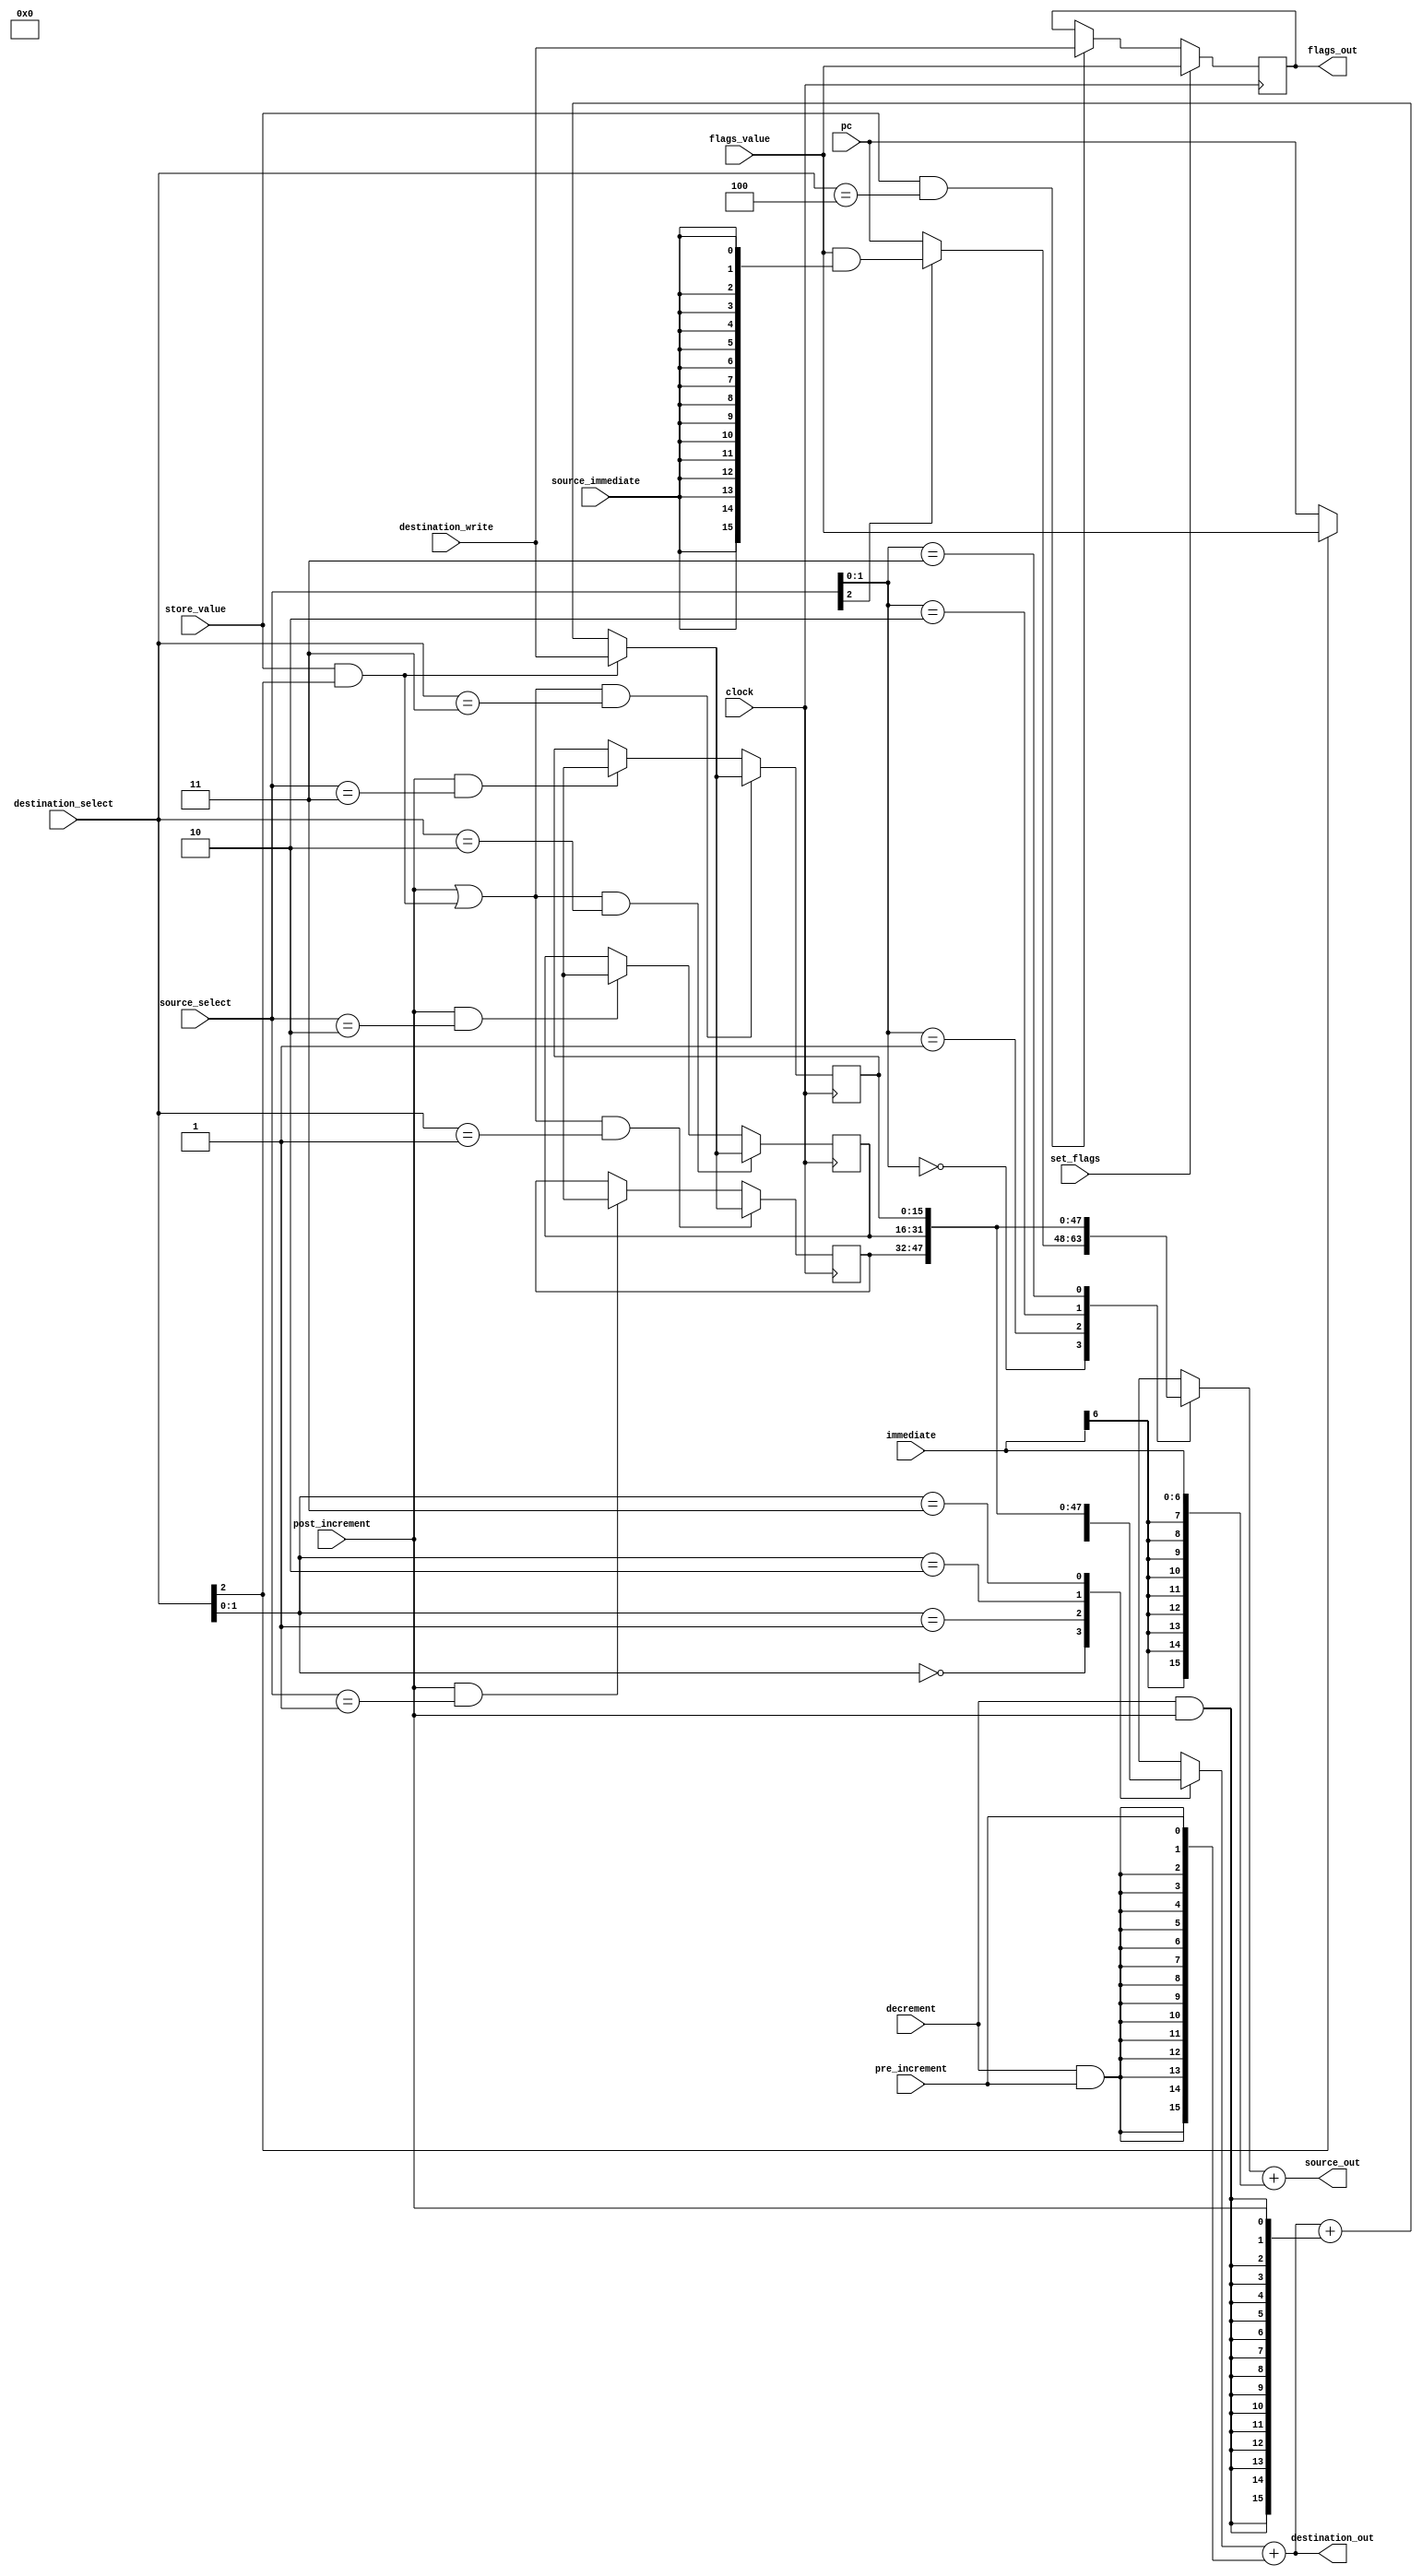
module register_block(
  input clock,
  input [15:0] pc,
  input source_immediate,
  input [6:0] immediate,
  input [15:0] destination_write,
  input [2:0] destination_select,
  input [2:0] source_select, 
  input [15:0] flags_value,
  input set_flags,
  input store_value,
  input pre_increment,
  input post_increment,
  input decrement,
  output [15:0] source_out,
  output [15:0] destination_out,
  output reg [15:0] flags_out
);

reg [15:0] r1;
reg [15:0] r2;
reg [15:0] r3;

reg [15:0] reg_current_value;
always @* begin
  case(source_select[1:0])
    3'h0: reg_current_value = source_select[2] ? (flags_value & {16{source_immediate}}) : pc;
    3'h1: reg_current_value = r1;
    3'h2: reg_current_value = r2;
    3'h3: reg_current_value = r3;
  endcase
end

reg [15:0] dest_base_value;
always @* begin
  case(destination_select[1:0])
    3'h0: dest_base_value = destination_select[2] ? flags_value : pc;
    3'h1: dest_base_value = r1;
    3'h2: dest_base_value = r2;
    3'h3: dest_base_value = r3;
  endcase
end

wire [15:0] full_immediate = {{9{immediate[6]}}, immediate};
assign source_out = reg_current_value + full_immediate;

wire [15:0] pre_increment_value = {{15{decrement & pre_increment}}, pre_increment};
assign destination_out = dest_base_value + pre_increment_value;

wire [15:0] post_increment_value = {{15{decrement & post_increment}}, post_increment};
wire [15:0] reg_incremented = source_out + post_increment_value;
wire should_store_reg = post_increment;

wire store_register = (store_value & destination_select[2]);
wire [15:0] dest_incremented = store_register ? destination_write : destination_out + post_increment_value;
wire should_store_dest = post_increment | store_register;

wire [15:0] r1_result = (should_store_dest & destination_select == 2'h1) ? dest_incremented :
                        (should_store_reg & source_select == 2'h1) ? source_incremented : r1;

wire [15:0] r2_result = (should_store_dest & destination_select == 2'h2) ? dest_incremented :
                        (should_store_reg & source_select == 2'h2) ? source_incremented : r2;

wire [15:0] r3_result = (should_store_dest & destination_select == 2'h3) ? dest_incremented :
                        (should_store_reg & source_select == 2'h3) ? source_incremented : r3;

wire [15:0] flags_result = set_flags ? flags_value :
                           (store_value & destination_select == 3'h4) ? destination_write : flags_out;

always @(posedge clock)
begin
  r1 <= r1_result;
  r2 <= r2_result;
  r3 <= r3_result;
  flags_out <= flags_result;
end

endmodule